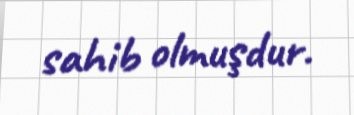
sahib olmuşdur.